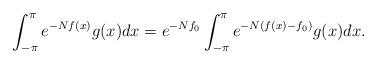
LaTeX: \begin{align*}\int_{-\pi}^{\pi}e^{-Nf(x)}g(x)dx=e^{-Nf_0}\int_{-\pi}^{\pi}e^{-N(f(x)-f_0)}g(x)dx.\end{align*}